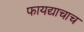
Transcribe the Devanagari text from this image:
फायद्याचाच